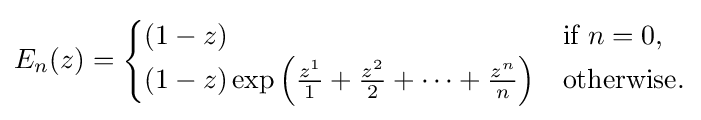
E_{n}(z)={\begin{cases}(1-z)&{\text{if }}n=0,\\(1-z)\exp \left({\frac {z^{1}}{1}}+{\frac {z^{2}}{2}}+\cdots +{\frac {z^{n}}{n}}\right)&{\text{otherwise}}.\end{cases}}